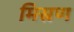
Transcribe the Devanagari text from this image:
मिस्रण